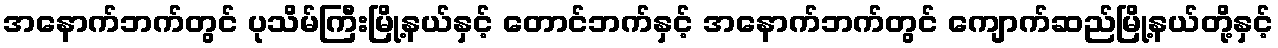
အနောက်ဘက်တွင် ပုသိမ်ကြီးမြို့နယ်နှင့် တောင်ဘက်နှင့် အနောက်ဘက်တွင် ကျောက်ဆည်မြို့နယ်တို့နှင့်